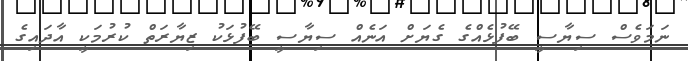
ނަމަވެސް ސިޔާސީ ބޭފުޅެއްގެ ގެޔަށް އަނެއް ސިޔާސީ ބޭފުޅަކު ޒިޔާރަތް ކުރުމަކީ އާދައިގެ